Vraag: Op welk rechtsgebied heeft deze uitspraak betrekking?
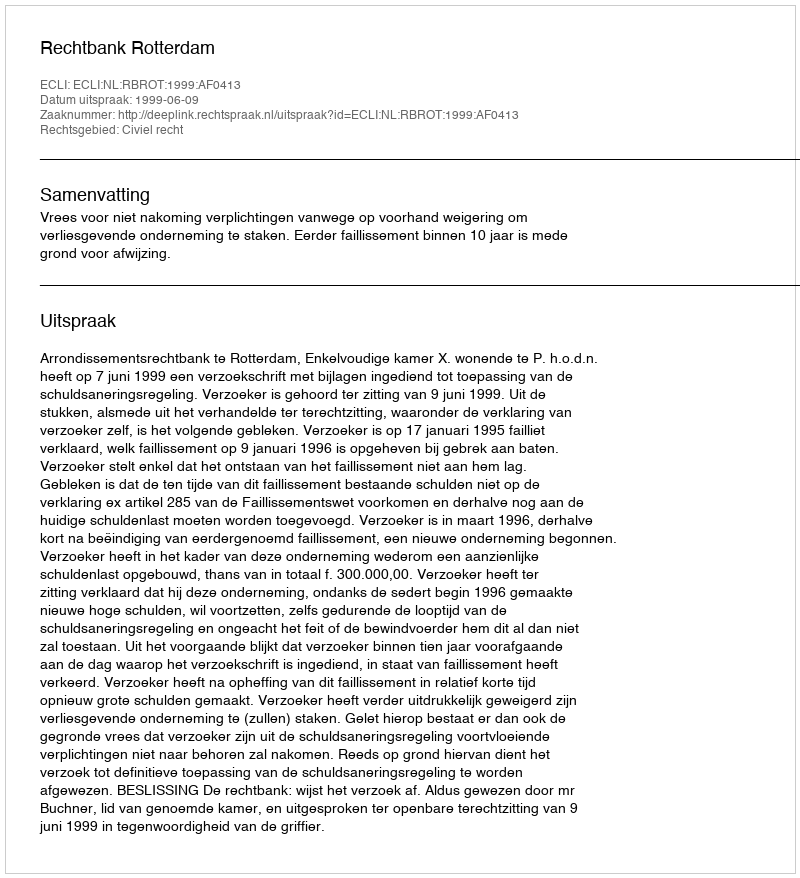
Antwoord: Civiel recht